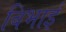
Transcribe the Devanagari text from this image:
बिभाई